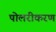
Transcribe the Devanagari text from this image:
पोलरीकरण